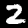
Label: 2